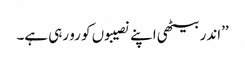
’’اندر بیٹھی اپنے نصیبوں کو رو رہی ہے۔